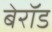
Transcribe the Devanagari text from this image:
बेरॉड